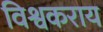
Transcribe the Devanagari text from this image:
विश्वकराय